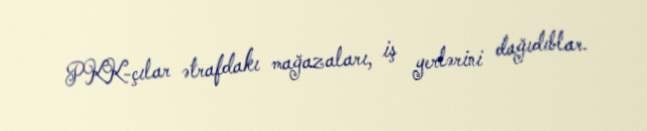
PKK-çılar ətrafdakı mağazaları, iş yerlərini dağıdıblar.